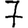
Digit: 7